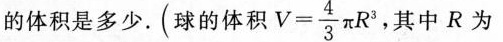
的体积是多少。(球的体积$$V= \frac { 4 } { 3 } π R ^ { 3 }$$，其中R为